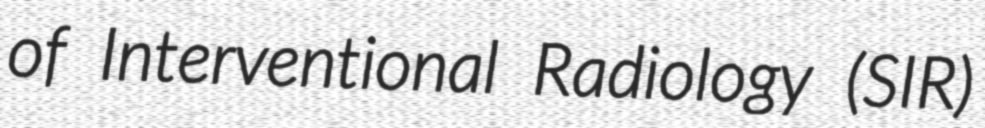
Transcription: of Interventional Radiology (SIR)